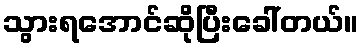
သွားရအောင်ဆိုပြီးခေါ်တယ်။